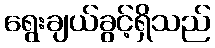
ရွေးချယ်ခွင့်ရှိသည်